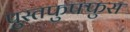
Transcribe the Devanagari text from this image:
पुस्तफुफ्फुस